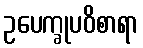
ဥပေက္ခုပဝိစာရာ